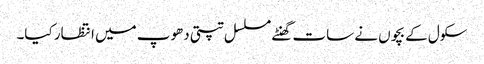
سکول کے بچوں نے سات گھنٹے مسلسل تپتی دھوپ میں انتظار کیا۔